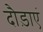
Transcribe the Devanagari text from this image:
दौड़ाएं